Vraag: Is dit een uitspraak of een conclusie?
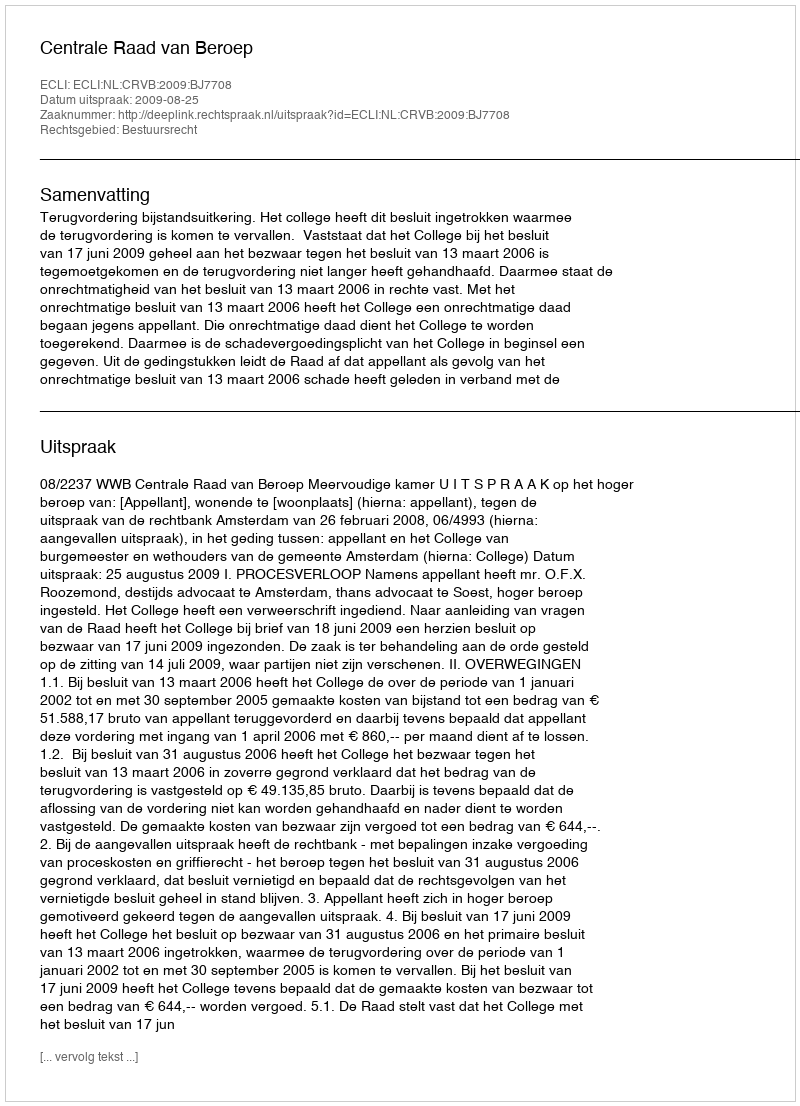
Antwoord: Uitspraak